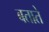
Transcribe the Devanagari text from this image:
बतातेे